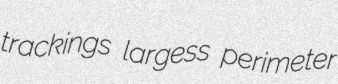
trackings largess perimeter